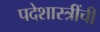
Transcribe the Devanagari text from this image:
पदेशास्त्रींची